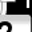
Digit: 7